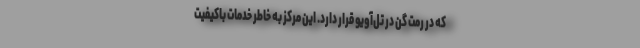
که در رمت گن در تل‌آویو قرار دارد. این مرکز به خاطر خدمات باکیفیت